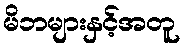
မိဘများနှင့်အတူ